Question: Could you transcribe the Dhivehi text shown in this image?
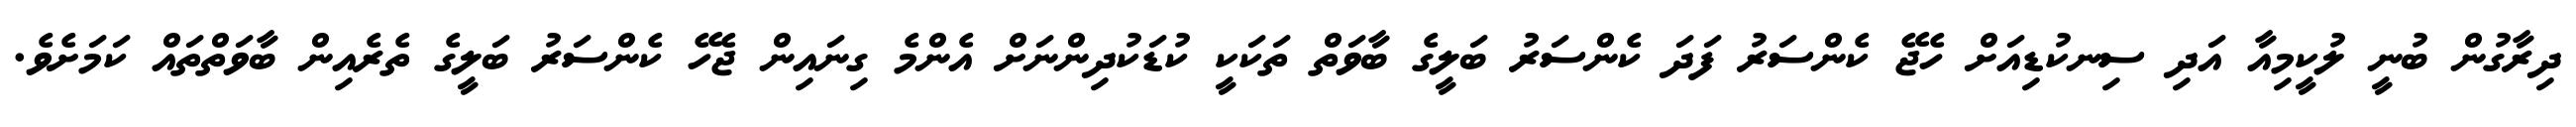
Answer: ދިރާގުން ބުނީ ލުކީމިއާ އަދި ސިނކުޑިއަށް ހެޖޭ ކެންސަރު ފަދަ ކެންސަރު ބަލީގެ ބާވަތް ތަކަކީ ކުޑަކުދިންނަށް އެންމެ ގިނައިން ޖެހޭ ކެންސަރު ބަލީގެ ތެރެއިން ބާވަތްތައް ކަމަށެވެ.